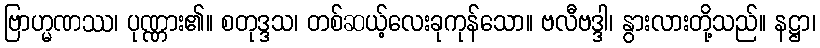
ဗြာဟ္မဏဿ၊ ပုဏ္ဏား၏။ စတုဒ္ဒသ၊ တစ်ဆယ့်လေးခုကုန်သော။ ဗလီဗဒ္ဒါ၊ နွားလားတို့သည်။ နဋ္ဌာ၊